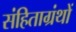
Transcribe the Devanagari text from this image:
संहिताग्रंथों